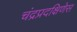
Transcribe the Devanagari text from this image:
चंद्रप्रदक्षिणेस